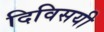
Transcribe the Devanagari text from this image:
दिविसयी